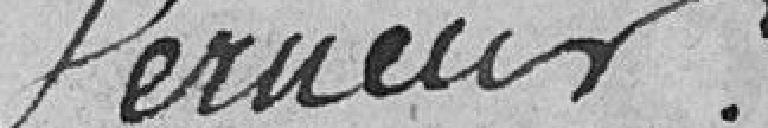
PERNEUR